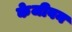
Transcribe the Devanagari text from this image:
केजीवन